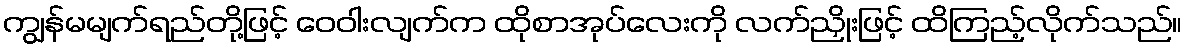
ကျွန်မမျက်ရည်တို့ဖြင့် ဝေဝါးလျက်က ထိုစာအုပ်လေးကို လက်ညှိုးဖြင့် ထိကြည့်လိုက်သည်။